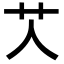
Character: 𦫸